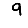
Digit: 9